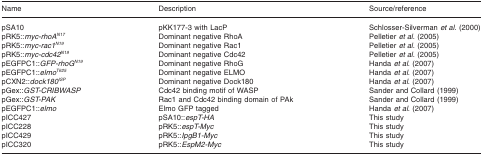
| Name | Description | Source/reference |
 | --- | --- | --- |
 | pSA10 | pKK177-3 with LacP | Schlosser-Silverman et al. (2000) |
 | pRK5::myc-rhoAN17 | Dominant negative RhoA | Pelletier et al. (2005) |
 | pRK5::myc-rac1N19 | Dominant negative Rac1 | Pelletier et al. (2005) |
 | pRK5::myc-cdc42N19 | Dominant negative Cdc42 | Pelletier et al. (2005) |
 | pEGFPC1::GFP-rhoGN19 | Dominant negative RhoG | Handa et al. (2007) |
 | pEGFPC1::elmoT625 | Dominant negative ELMO | Handa et al. (2007) |
 | pCXN2::dock180ISP | Dominant negative Dock180 | Handa et al. (2007) |
 | pGex::GST-CRIBWASP | Cdc42 binding motif of WASP | Sander and Collard (1999) |
 | pGex::GST-PAK | Rac1 and Cdc42 binding domain of PAk | Sander and Collard (1999) |
 | pEGFPC1::elmo | Elmo GFP tagged | Handa et al. (2007) |
 | pICC427 | pSA10::espT-HA | This study |
 | pICC228 | pRK5::espT-Myc | This study |
 | pICC429 | pRK5::IpgB1-Myc | This study |
 | pICC320 | pRK5::EspM2-Myc | This study |